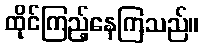
ထိုင်ကြည့်နေကြသည်။